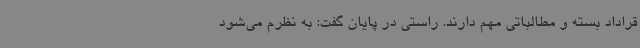
قراداد بسته و مطالباتی مهم دارند. راستی در پایان گفت: به نظرم می‌شود